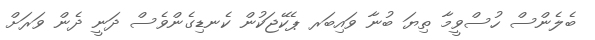
ބެލެންސް ހުސްވީމާ ތިޔަ ބުނާ ވައިބަރ ޕެކޭޖަކުން ކެނޑިގެންވެސް ދަނީ ދެން ވަަރަށް